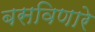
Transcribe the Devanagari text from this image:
बसविणारे